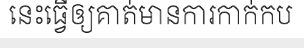
នេះធ្វើឲ្យគាត់មានការកាក់កប